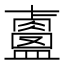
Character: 𥃐